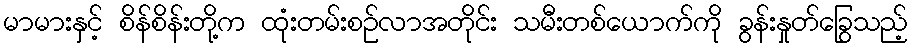
မာမားနှင့် စိန်စိန်းတို့က ထုံးတမ်းစဉ်လာအတိုင်း သမီးတစ်ယောက်ကို ခွန်းနှုတ်ခြွေသည့်